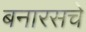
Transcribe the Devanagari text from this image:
बनारसचे